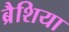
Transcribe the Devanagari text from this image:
ब्रैशिया